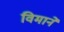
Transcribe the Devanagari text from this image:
विमानें